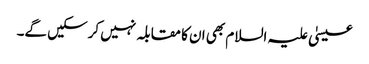
عیسیٰ علیہ السلام بھی ان کا مقابلہ نہیں کرسکیں گے۔